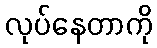
လုပ်နေတာကို